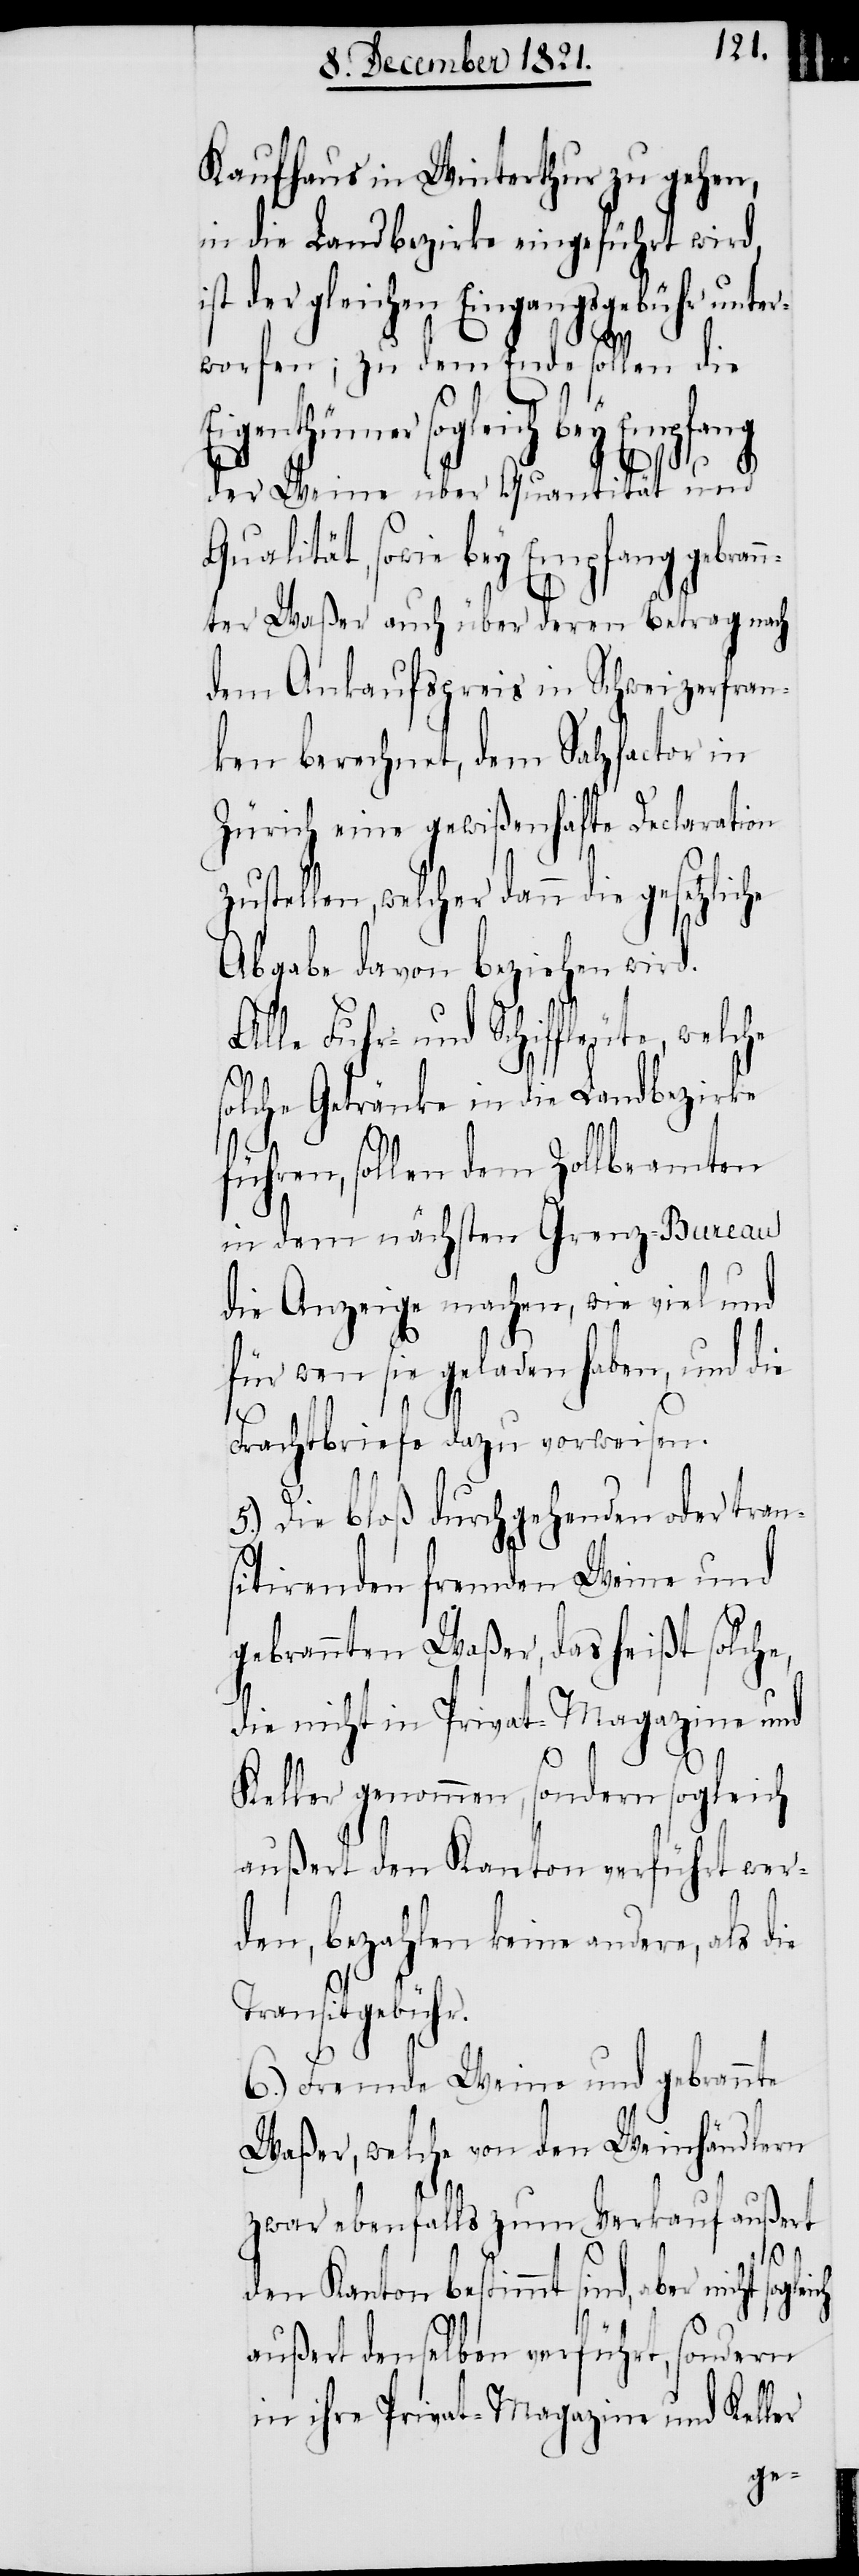
Kaufhaus in Winterthur zu gehen,
in die Landbezirke eingeführt wird,
der gleichen Eingangsgebühr un¬
worfen; zu dem Ende
Eigenthümer sogleich bey
der Weine über Quant¬
nter Waßer auch über deren
dem Ankaufspreis in
ken berechnet, dem Sal¬
Zürich eine gewißenhafte Declar¬
Abgabe davon beziehen wir¬
le Fuhr- und Schiffleute,
solche Getränke in die Landbezirke
führen, sollen dem Zollbeamten
in dem nächsten Grenz-Bureau
die Anzeige machen, wie viel und
für wen sie geladen haben, und die
Frachtbriefe dazu vorweisen.
Al¬
5.) Die bloß durchgehenden oder tran¬
sitirenden fremden Weine und
gebrannten Waßer, das heißt solche,
die nicht in Privat-Magazine und
Keller genommen, sondern sogleich
außert den Kanton verführt wer¬
den, bezahlen keine andere, als
Transitgebühr.
6.) Fremde Weine und gebrannte
Waßer, welche von den Weinhändlern
zwar ebenfalls zum Verkauf außert
zfactor
den Kanton bestimmt sind, aber nicht
außert denselben verführt, sondern
in ihre Privat-Magazine und Keller